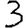
Digit: 3